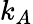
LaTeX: k_{A}